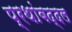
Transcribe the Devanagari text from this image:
प्रथांबद्दल